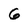
Character: G